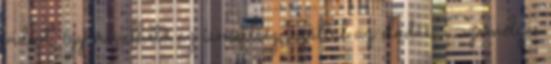
videót, így növelhető az ismertség, ezáltal az eladás. Személyes